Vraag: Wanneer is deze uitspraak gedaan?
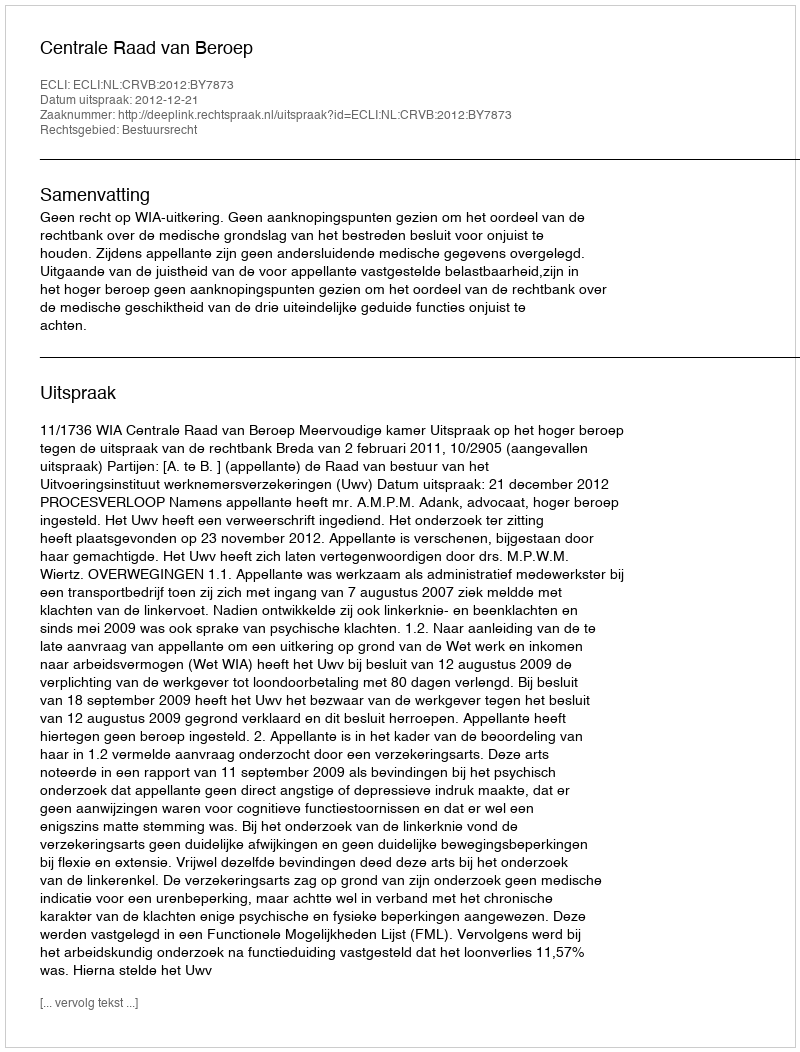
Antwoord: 2012-12-21